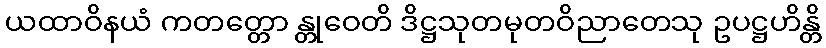
ယထာဝိနယံ ကတတ္တော န္တုဝေတိ ဒိဋ္ဌသုတမုတဝိညာတေသု ဥပဋ္ဌဟိန္တိ